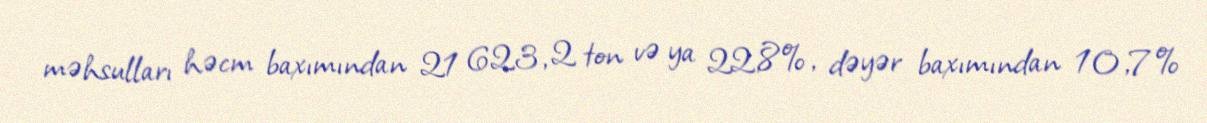
məhsulları həcm baxımından 21 623, 2 ton və ya 22,8%, dəyər baxımından 10,7%